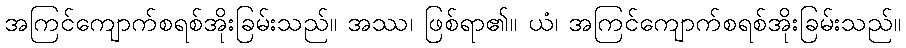
အကြင်ကျောက်စရစ်အိုးခြမ်းသည်။ အဿ၊ ဖြစ်ရာ၏။ ယံ၊ အကြင်ကျောက်စရစ်အိုးခြမ်းသည်။